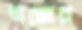
গজের